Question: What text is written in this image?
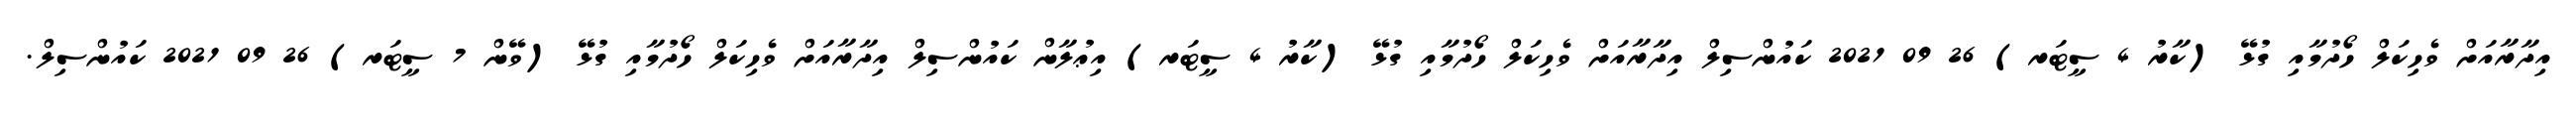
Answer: އިދާރާއަށް ވެހިކަލް ހޯދުމާއި ގުޅޭ (ކާރު 4 ސީޓަރ) 26 09 2021 ކައުންސިލް އިދާރާއަށް ވެހިކަލް ހޯދުމާއި ގުޅޭ (ކާރު 4 ސީޓަރ) އިޢުލާން ކައުންސިލް އިދާރާއަށް ވެހިކަލް ހޯދުމާއި ގުޅޭ (ވޭން 7 ސީޓަރ) 26 09 2021 ކައުންސިލް.